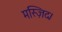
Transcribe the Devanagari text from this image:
मस्ज़िद।